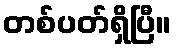
တစ်ပတ်ရှိပြီ။